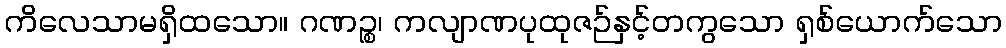
ကိလေသာမရှိထသော။ ဂဏဉ္စ၊ ကလျာဏပုထုဇဉ်နှင့်တကွသော ရှစ်ယောက်သော